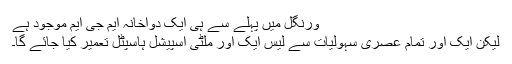
ورنگل میں پہلے سے ہی ایک دواخانہ ایم جی ایم موجود ہے
لیکن ایک اور تمام عصری سہولیات سے لیس ایک اور ملٹی اسپیشل ہاسپٹل تعمیر کیا جائے گا۔